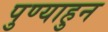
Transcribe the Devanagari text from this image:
पुण्याहुन